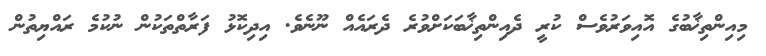
މިއިންތިޚާބުގެ އޮއިވަރުވެސް ކުރީ ދެއިންތިޚާބަކަށްވުރެ ދެރައެއް ނޫނެވެ. އިދިކޮޅު ފަރާތްތަކުން ނުކުމެ ރައްޔިތުން